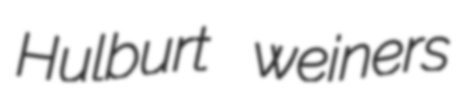
Hulburt weiners